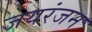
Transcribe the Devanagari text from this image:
जयरंजन